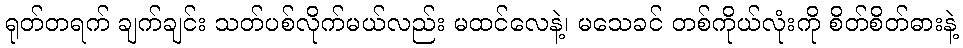
ရုတ်တရက် ချက်ချင်း သတ်ပစ်လိုက်မယ်လည်း မထင်လေနဲ့၊ မသေခင် တစ်ကိုယ်လုံးကို စိတ်စိတ်ဓားနဲ့